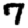
Digit: 7